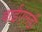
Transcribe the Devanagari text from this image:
वाईएलडी